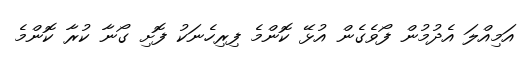
އަމިއްލަ އެދުމުން ފޯވެގެން އުޅޭ ކޮންމެ ފިރިހެނަކު ފޮށި ގޯނާ ކުރާ ކޮންމެ